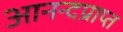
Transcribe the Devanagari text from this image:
आनन्दप्राप्त